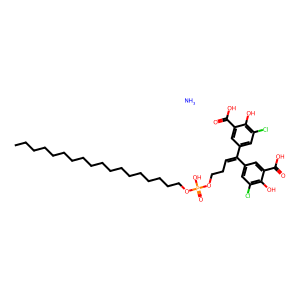
SMILES: CCCCCCCCCCCCCCCCCCOP(=O)(O)OCCC=C(c1cc(Cl)c(O)c(C(=O)O)c1)c1cc(Cl)c(O)c(C(=O)O)c1.N
Inhibits HIV replication: No